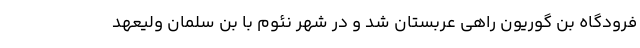
فرودگاه بن گوریون راهی عربستان شد و در شهر نئوم با بن سلمان ولیعهد